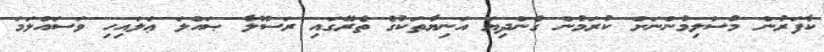
ކާފަރުން މުސްލިމުންނަށް ކުރަމުން ގެންދިޔަ އަނިޔާތަކުގެ ތެރޭގައި ރަސޫލާ ޞައްލަ ޢަލައިހި ވަސައްލަމަ